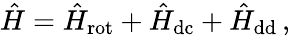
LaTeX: \hat{H}=\hat{H}_{\mathrm{rot}}+\hat{H}_{\mathrm{dc}}+\hat{H}_{\mathrm{dd}}\, ,